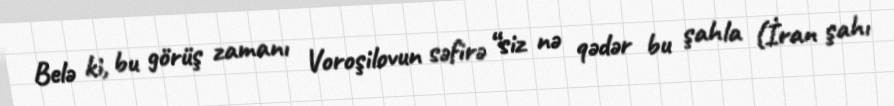
Belə ki, bu görüş zamanı Voroşilovun səfirə “siz nə qədər bu şahla (İran şahı